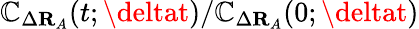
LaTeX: \mathbb{C}_{\Delta\mathbf{{R}}_{A}}(t;\deltat)/\mathbb{C}_{\Delta\mathbf{{R}}_{A}}(0;\deltat)